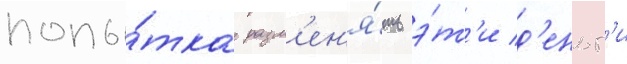
попы́тка разм'ен'я́ть э́т'и д'еньг'и